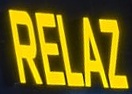
RELAZ